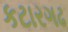
કટારગઢ